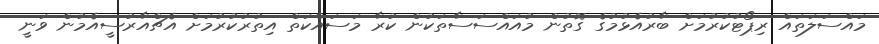
މައްސަލަތައް ރިޕޯޓުކުރުމަށް ބާރުއެޅުމުގެ ގޮތުން މުއައްސަސާތަކުން ކުރާ މަސައްކަތް އިތުރުކުރުމަށް އެޗްއާރުސީއެމުން ވަނީ